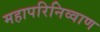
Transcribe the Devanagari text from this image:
महापरिनिव्वाण